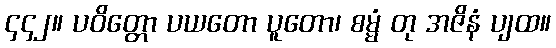
၄၄၂။ ပဝိတ္တော ပယတော ပူတော၊ စမ္မံ တု အဇိနံ ပျထ။